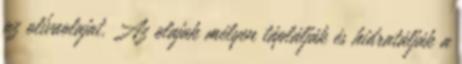
az olívaolajat. Az olajak mélyen táplálják és hidratálják a